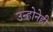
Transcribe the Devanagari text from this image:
उन्होनेही